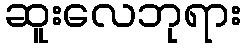
ဆူးလေဘုရား